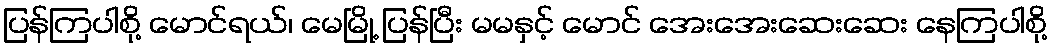
ပြန်ကြပါစို့ မောင်ရယ်၊ မေမြို့ ပြန်ပြီး မမနှင့် မောင် အေးအေးဆေးဆေး နေကြပါစို့